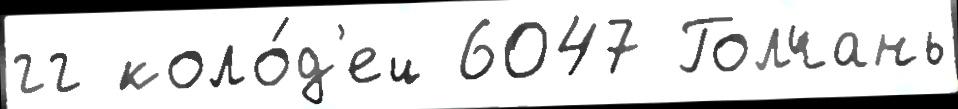
гг коло́д'ец 6047 Голчань